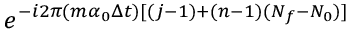
e ^ { - i 2 \pi ( m \alpha _ { 0 } \Delta t ) [ { ( j - 1 ) + ( n - 1 ) ( N _ { f } - N _ { 0 } ) } ] }